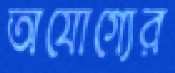
অযোগ্যের